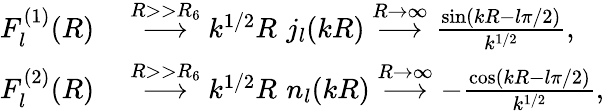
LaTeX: \begin{array}{rl}{F_{l}^{(1)}(R)}&{{}\stackrel{R>>R_{6}}{\longrightarrow}k^{1/2}R\, \, j_{l}(kR)\stackrel{R\to\infty}{\longrightarrow}\frac{\sin(kR-l\pi/2)}{k^{1/2}},}\\ {F_{l}^{(2)}(R)}&{{}\stackrel{R>>R_{6}}{\longrightarrow}k^{1/2}R\, \, n_{l}(kR)\stackrel{R\to\infty}{\longrightarrow}-\frac{\cos(kR-l\pi/2)}{k^{1/2}},}\end{array}